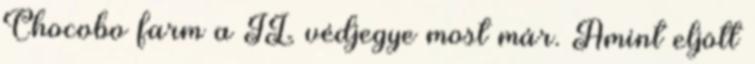
Chocobo farm a JL védjegye most már. Amint eljött